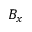
B _ { x }